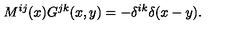
M ^ { i j } ( x ) G ^ { j k } ( x , y ) = - \delta ^ { i k } \delta ( x - y ) .